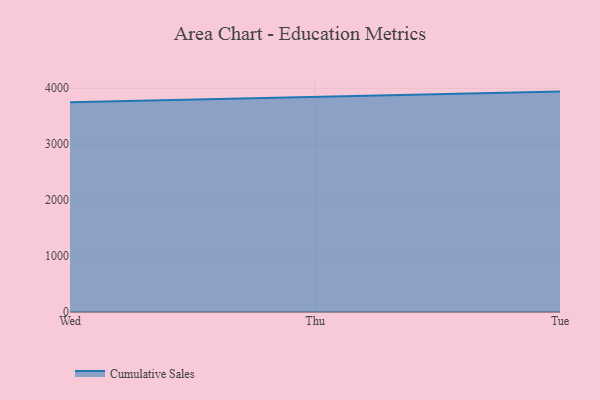
{"axis": {"x": "Day", "y": "Market Share (%)"}, "legend": ["Cumulative Sales"], "data": [{"x": "Wed", "y": 3748.5, "type": "Cumulative Sales"}, {"x": "Thu", "y": 3846.8, "type": "Cumulative Sales"}, {"x": "Tue", "y": 3940.5, "type": "Cumulative Sales"}]}